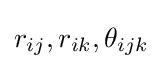
\textstyle r_{ij},r_{ik},\theta _{ijk}